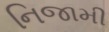
નિજામી